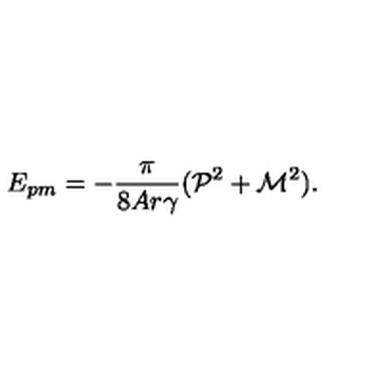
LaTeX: E _ { p m } = - \frac { \pi } { 8 A r { \gamma } } ( { \cal P } ^ { 2 } + { \cal M } ^ { 2 } ) .